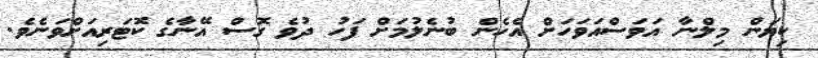
ކިޔަން މިލްނާ އަވަސްއަވަހަށް އެހެން ބުނެލުމަށް ފަހު ދުވެ ގޮސް އޭނާގެ ކޮޓަރިއަށްވަނެވެ.